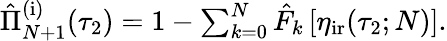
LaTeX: \begin{array}{r}{\hat{\Pi}_{N+1}^{\mathrm{(i)}}(\tau_{2})=1-\sum_{k=0}^{N}\hat{F}_{k}\left[\eta_{\mathrm{ir}}(\tau_{2};N)\right].}\end{array}